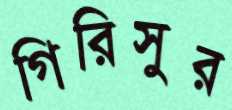
গিরিসুর